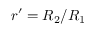
r ^ { \prime } = R _ { 2 } / R _ { 1 }